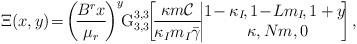
LaTeX: \begin{align*}\Xi(x,y)\!=\!\left(\!\frac{B^rx}{\mu_r}\!\right)^{y}\!\!{\rm G}_{3,3}^{3,3}\!\!\left[\!{\frac{\kappa m{\cal C}}{\kappa_I m_I\bar{\gamma}}}\!\!\left| \begin{array}{cccc}\!\!\!1\!-\kappa_I\!,1\!-\!Lm_I\!,1+y\!\\ \kappa,Nm,0\end{array}\!\!\!\!\right.\right],\end{align*}